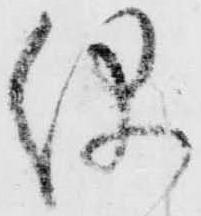
儀